Reports on dispensaries and lunatic asylums in the Province of Oudh - 1869-1876
Year: 1869
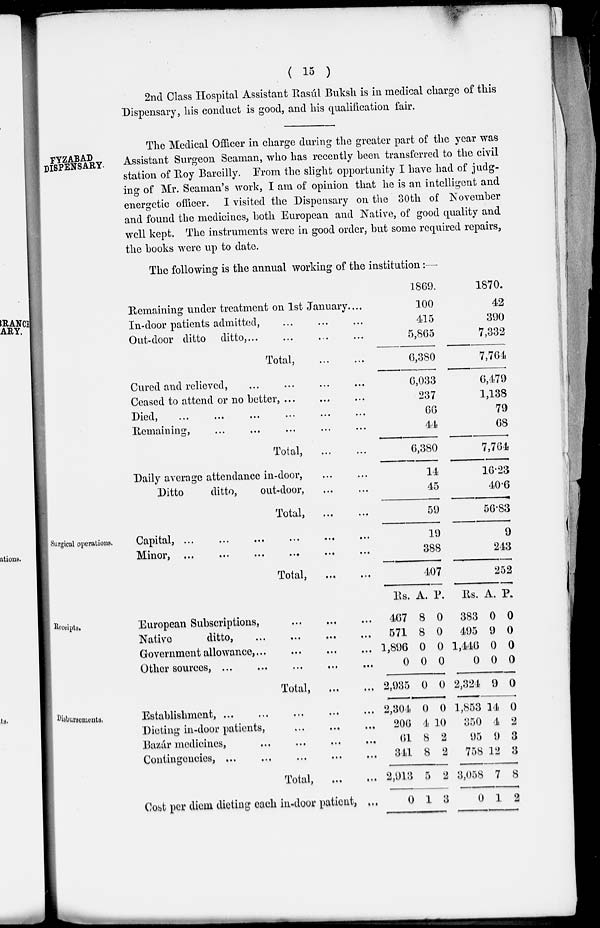
( 15 )
2nd Class Hospital Assistant Rasúl Buksh is in medical charge of this
Dispensary, his conduct is good, and his qualification fair.
FYZABAD
DISPENSARY.
The Medical Officer in charge during the greater part of the year was
Assistant Surgeon Seaman, who has recently been transferred to the civil
station of Roy Barcilly. From the slight opportunity I have had of judg-
ing of Mr. Seaman's work, I am of opinion that he is an intelligent and
energetic officer. I visited the Dispensary on the 30th of November
and found the medicines, both European and Native, of good quality and
well kept. The instruments were in good order, but some required repairs,
the books were up to date.
The following is the annual working of the institution:—
Remaining under treatment on 1st January....
In-door patients admitted, ... ... ...
Out-door ditto ditto, ... ... ... ...
Total, ... ...
Cured and relieved, ... ... ... ...
Ceased to attend or no better, ... ... ...
Died,
...
...
...
...
...
...
Remaining, ... ... ... ... ... ...
Total,
...
...
Daily average attendance in-door, ... ...
Ditto
ditto,
out-door, ... ...
Total,
...
...
1869.
100
415
5,865
6,380
6,033
237
66
44
6,380
14
45
59
1870.
42
390
7,332
7,764
6,479
1,138
79
68
7,764
16.23
40.6
56.83
Surgical operations.
Capital,
...
...
...
...
...
...
Minor,
...
...
...
...
...
...
Total, ... ...
19
388
407
9
243
252
Receipts.
European Subscriptions,
...
...
...
Native
ditto, ... ... ... ...
Government allowance,
...
...
...
...
Other sources, ...
... ... ... ...
Total,
...
...
Rs.
467
571
1,896
0
2,935
A.
8
8
0
0
0
P.
0
0
0
0
0
Rs.
383
495
1,446
0
2,324
A.
0
9
0
0
9
P.
0
0
0
0
0
Disbursements.
Establishment, ... ... ... ... ...
Dieting in-door patients, ... ... ...
Bazár medicines, ... ... ... ...
Contingencies, ...
...
...
...
...
Total,
...
...
Cost per diem dieting each in-door patient, ...
2,304
206
61
341
2,913
0
0
4
8
8
5
1
0
10
2
2
2
3
1,853
350
95
758
3,058
0
14
4
9
12
7
1
0
2
3
3
8
2